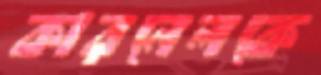
কারনেলকে